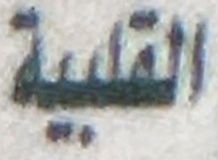
القلبية